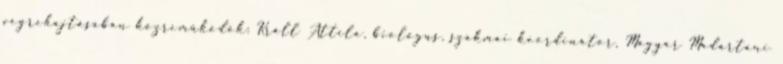
végrehajtásában közreműködők: Králl Attila, biológus, szakmai koordinátor, Magyar Madártani